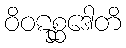
ဝိဝဋစ္ဆဒေါတိ